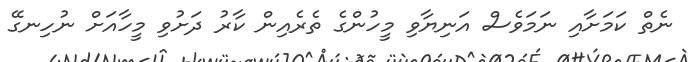
ނެތް ކަމަށާއި ނަމަވެސް އަނިޔާވި މީހުންގެ ތެރެއިން ކާރު ދަށުވި މީހާއަށް ނުހިނގޭ